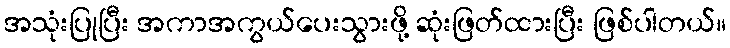
အသုံးပြုပြီး အကာအကွယ်ပေးသွားဖို့ ဆုံးဖြတ်ထားပြီး ဖြစ်ပါတယ်။